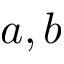
a , b